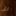
اش